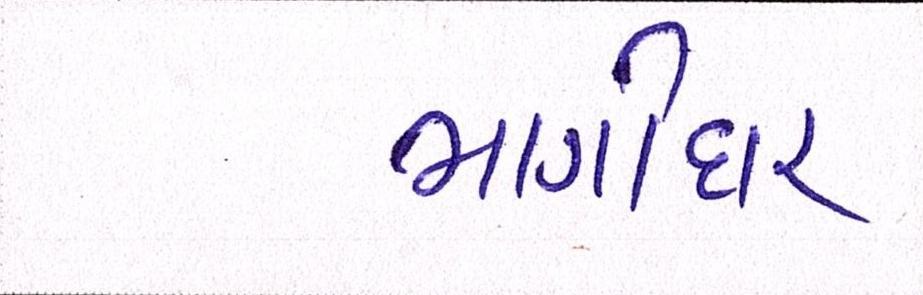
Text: ભાગીદાર